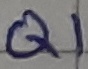
Text: Q1